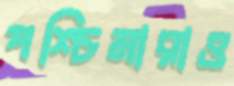
পশ্চিমারাও